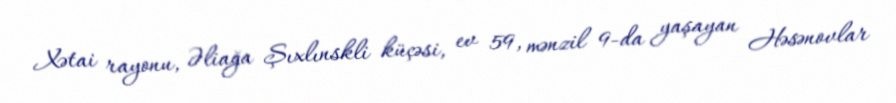
Xətai rayonu, Əliağa Şıxlınskli küçəsi, ev 59, mənzil 9-da yaşayan Həsənovlar